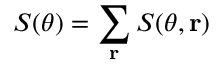
S ( \theta ) = \sum _ { \bf r } S ( \theta , { \bf r } )